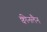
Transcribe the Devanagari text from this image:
क्वीनलैन